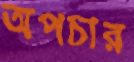
অপচার